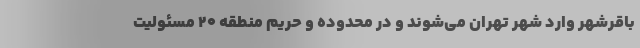
باقرشهر وارد شهر تهران می‌شوند و در محدوده و حریم منطقه ۲۰ مسئولیت